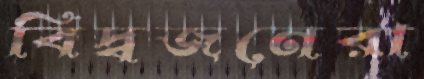
বিদ্বজনেরা